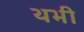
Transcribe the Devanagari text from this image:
थभी